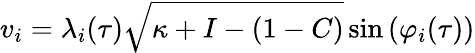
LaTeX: v_{i}=\lambda_{i}(\tau)\sqrt{\kappa+I-(1-C)}\sin\left(\varphi_{i}(\tau)\right)